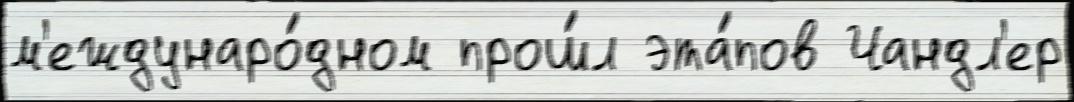
м'еждунаро́дном прош́л эта́пов Чандл'ер